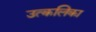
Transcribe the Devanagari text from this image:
उत्‍कलिका